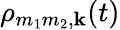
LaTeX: \rho_{m_{1}m_{2},\textbf{k}}(t)